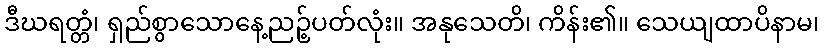
ဒီဃရတ္တံ၊ ရှည်စွာသောနေ့ညဉ့်ပတ်လုံး။ အနုသေတိ၊ ကိန်း၏။ သေယျထာပိနာမ၊